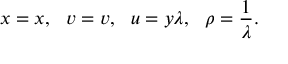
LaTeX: x = x , ~ ~ v = v , ~ ~ u = y \lambda , ~ ~ \rho = \frac { 1 } { \lambda } .